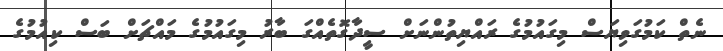
ނެތް ކަމުގަވިޔަސް މިގައުމުގެ ރައްޔިތުންނަށް ސީދާގޮތެއްގަ ބާރު މިގައުމުގެ މައްޗަށް ބަސް ކިއުމުގެ